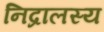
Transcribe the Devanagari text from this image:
निद्रालस्य